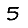
Digit: 5